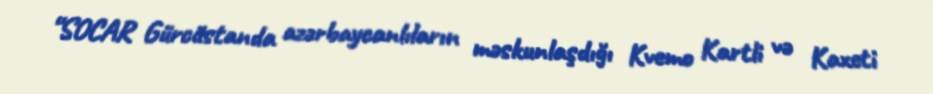
“SOCAR Gürcüstanda azərbaycanlıların məskunlaşdığı Kvemo Kartli və Kaxeti